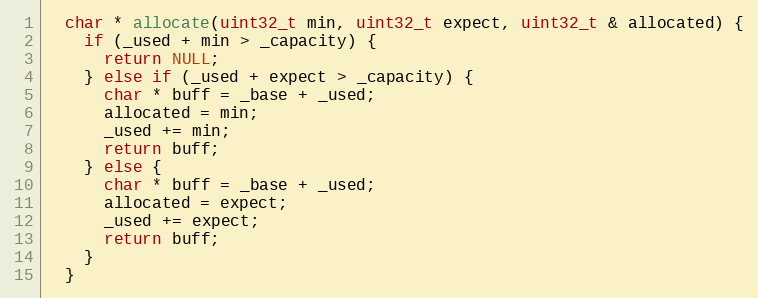
Language: C
  char * allocate(uint32_t min, uint32_t expect, uint32_t & allocated) {
    if (_used + min > _capacity) {
      return NULL;
    } else if (_used + expect > _capacity) {
      char * buff = _base + _used;
      allocated = min;
      _used += min;
      return buff;
    } else {
      char * buff = _base + _used;
      allocated = expect;
      _used += expect;
      return buff;
    }
  }